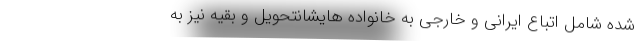
شده شامل اتباع ایرانی و خارجی به خانواده هایشانتحویل و بقیه نیز به